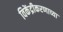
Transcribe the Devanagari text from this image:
विकेंद्रीकरणाच्या